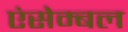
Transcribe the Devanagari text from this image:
एंसेम्बल